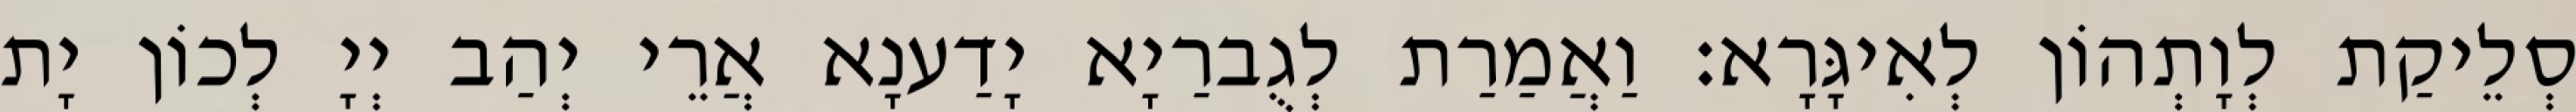
סְלֵיקַת לְוָתְהוֹן לְאִיגָּרָא׃ וַאֲמַרַת לְגֻברַיָא יָדַענָא אֲרֵי יְהַב יְיָ לְכוֹן יָת